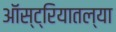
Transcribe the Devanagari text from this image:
ऑस्ट्रियातल्या